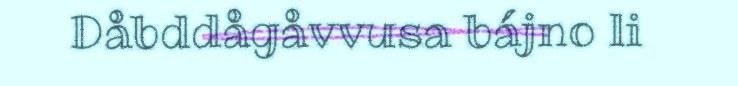
Dåbddågåvvusa bájno li